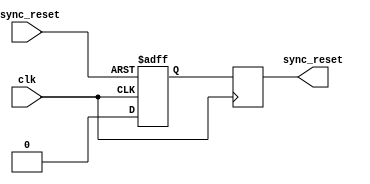
module async_reset_synchronizer (
    input wire async_reset, // Asynchronous reset input
    input wire clk,         // Clock input
    output reg sync_reset   // Synchronized reset output
);

    // Internal signal for the first stage of synchronization
    reg sync_ff_1;

    // Always block for synchronous reset logic
    always @(posedge clk or posedge async_reset) begin
        if (async_reset) begin
            // If async reset is asserted, set sync_ff_1 to 1
            sync_ff_1 <= 1'b1;
        end else begin
            // Sample the value of sync_ff_1 on the clock edge
            sync_ff_1 <= 1'b0; // This ensures that sync_ff_1 is deasserted when async_reset is not asserted
        end
    end

    // Second stage of synchronization
    always @(posedge clk) begin
        // Sample the first flip-flop output
        sync_reset <= sync_ff_1; // This ensures stable sync_reset output
    end

endmodule